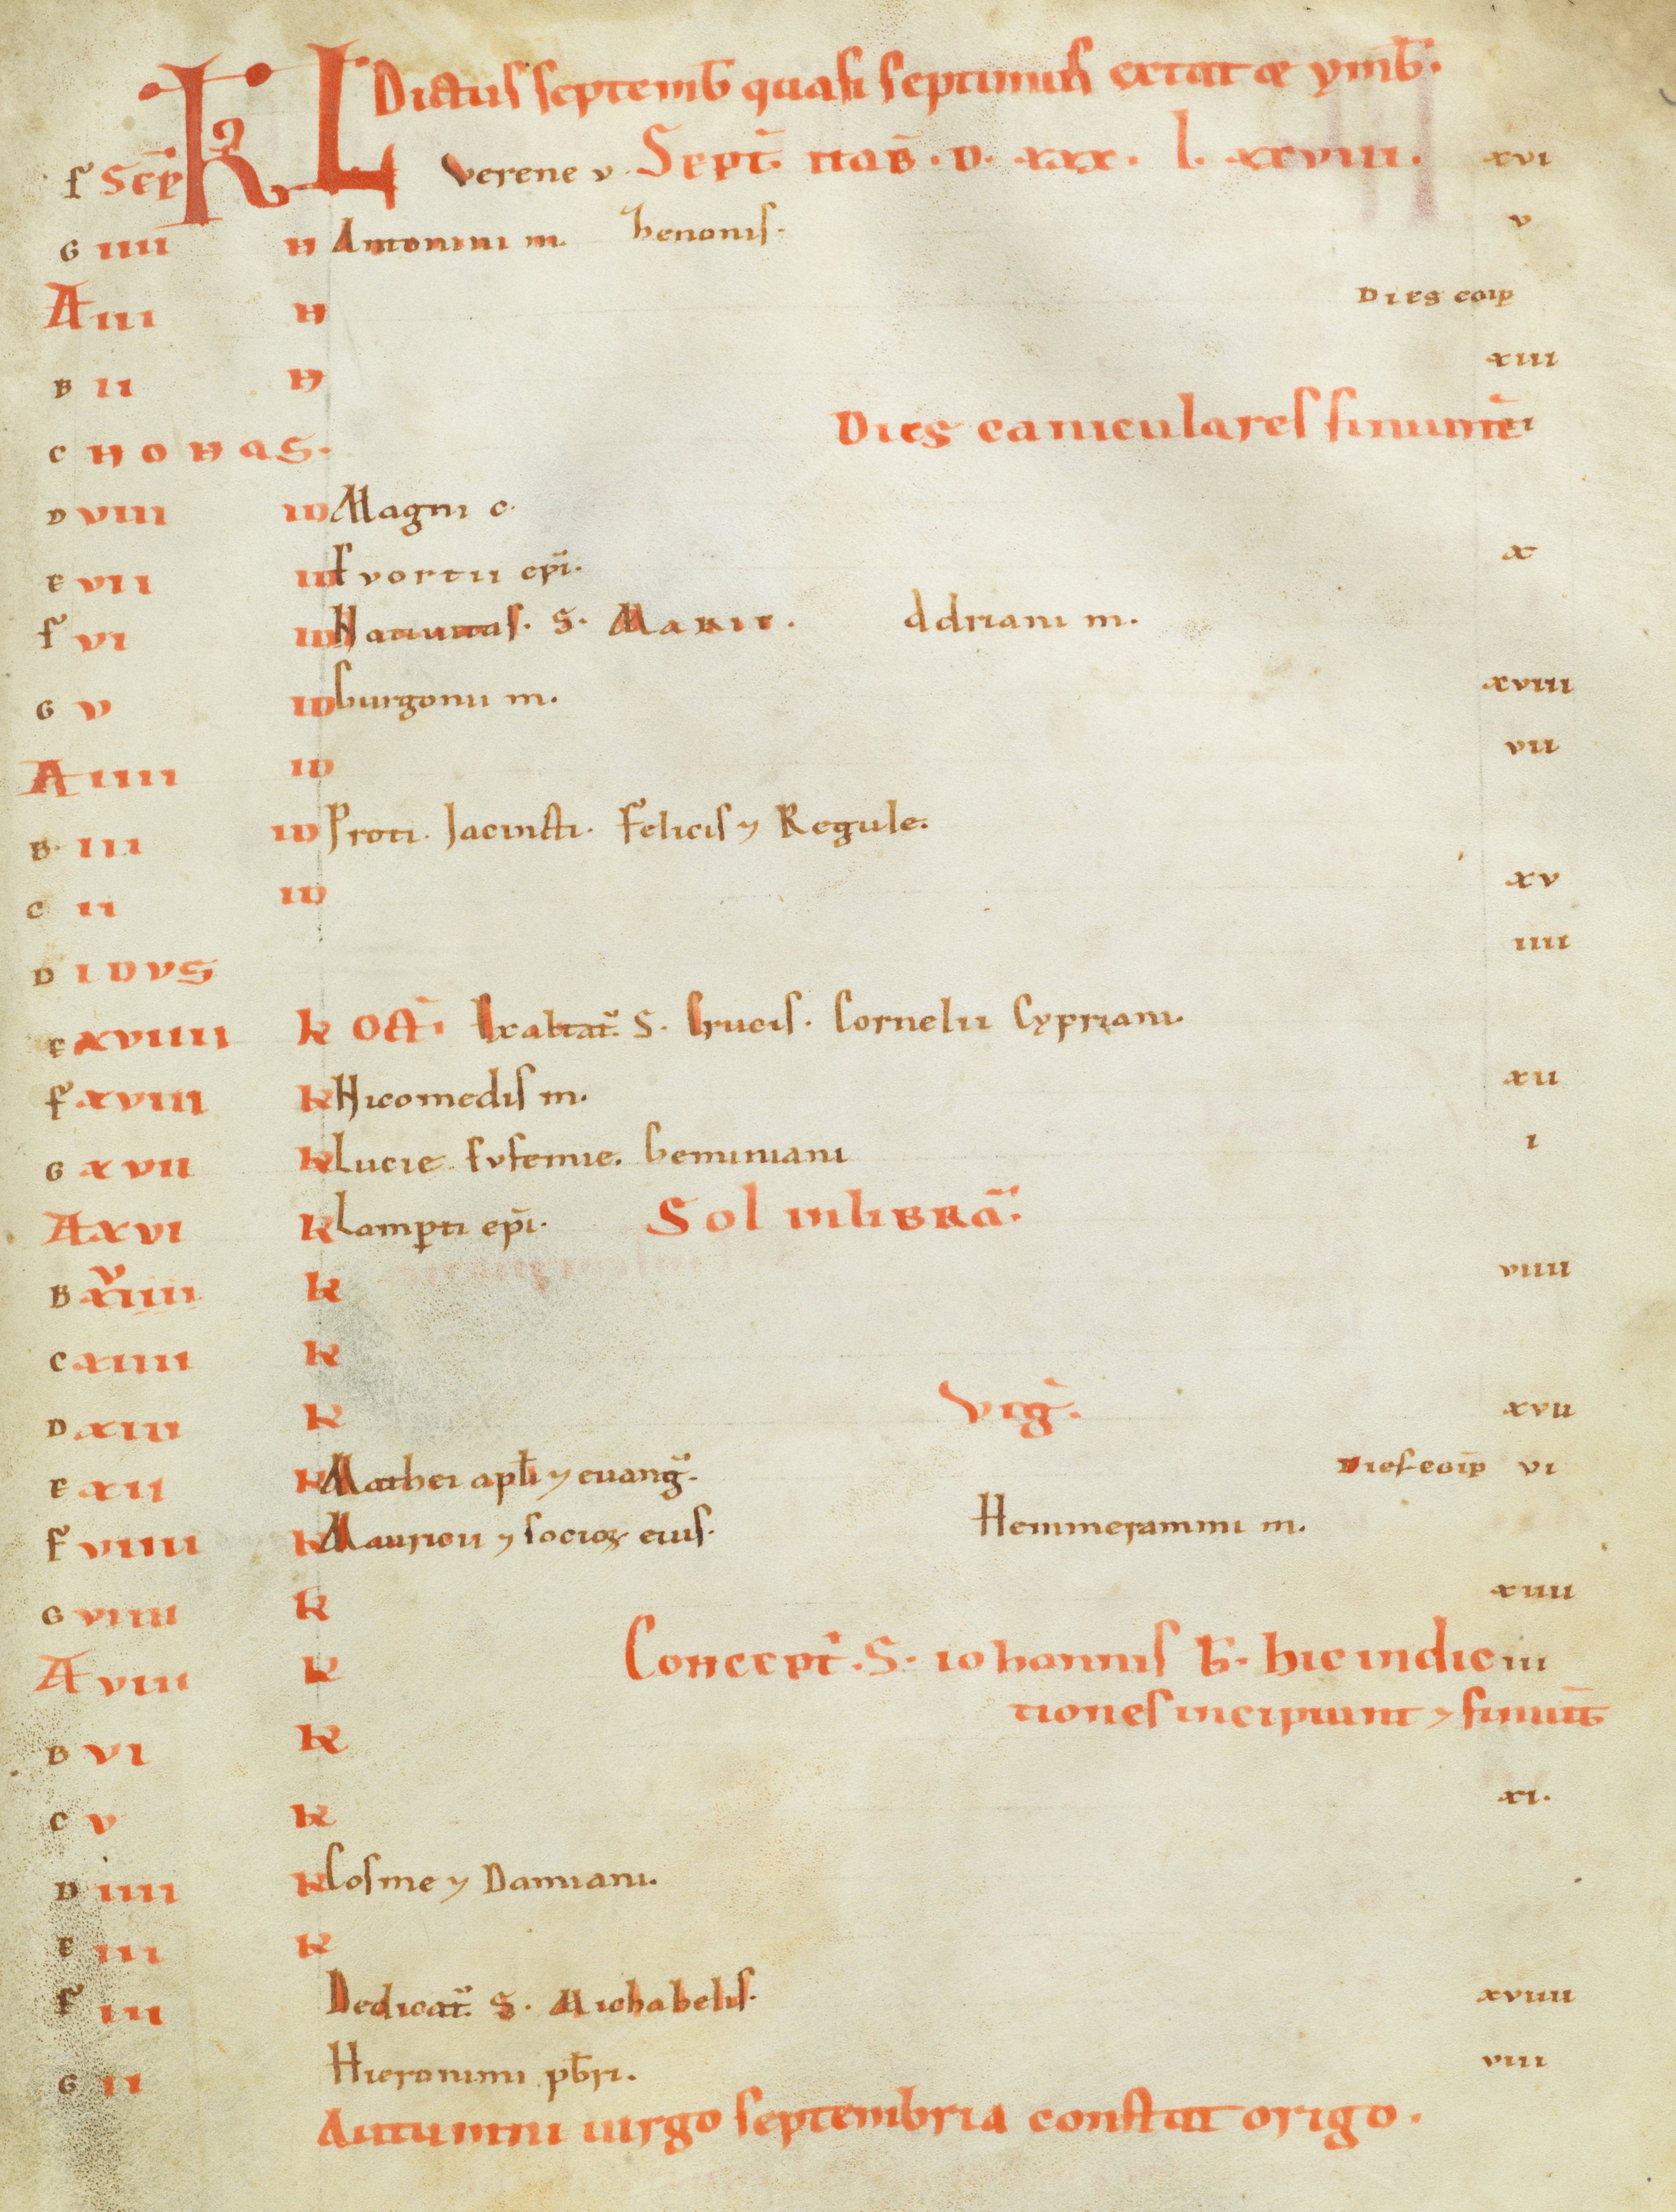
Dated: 1100–1199